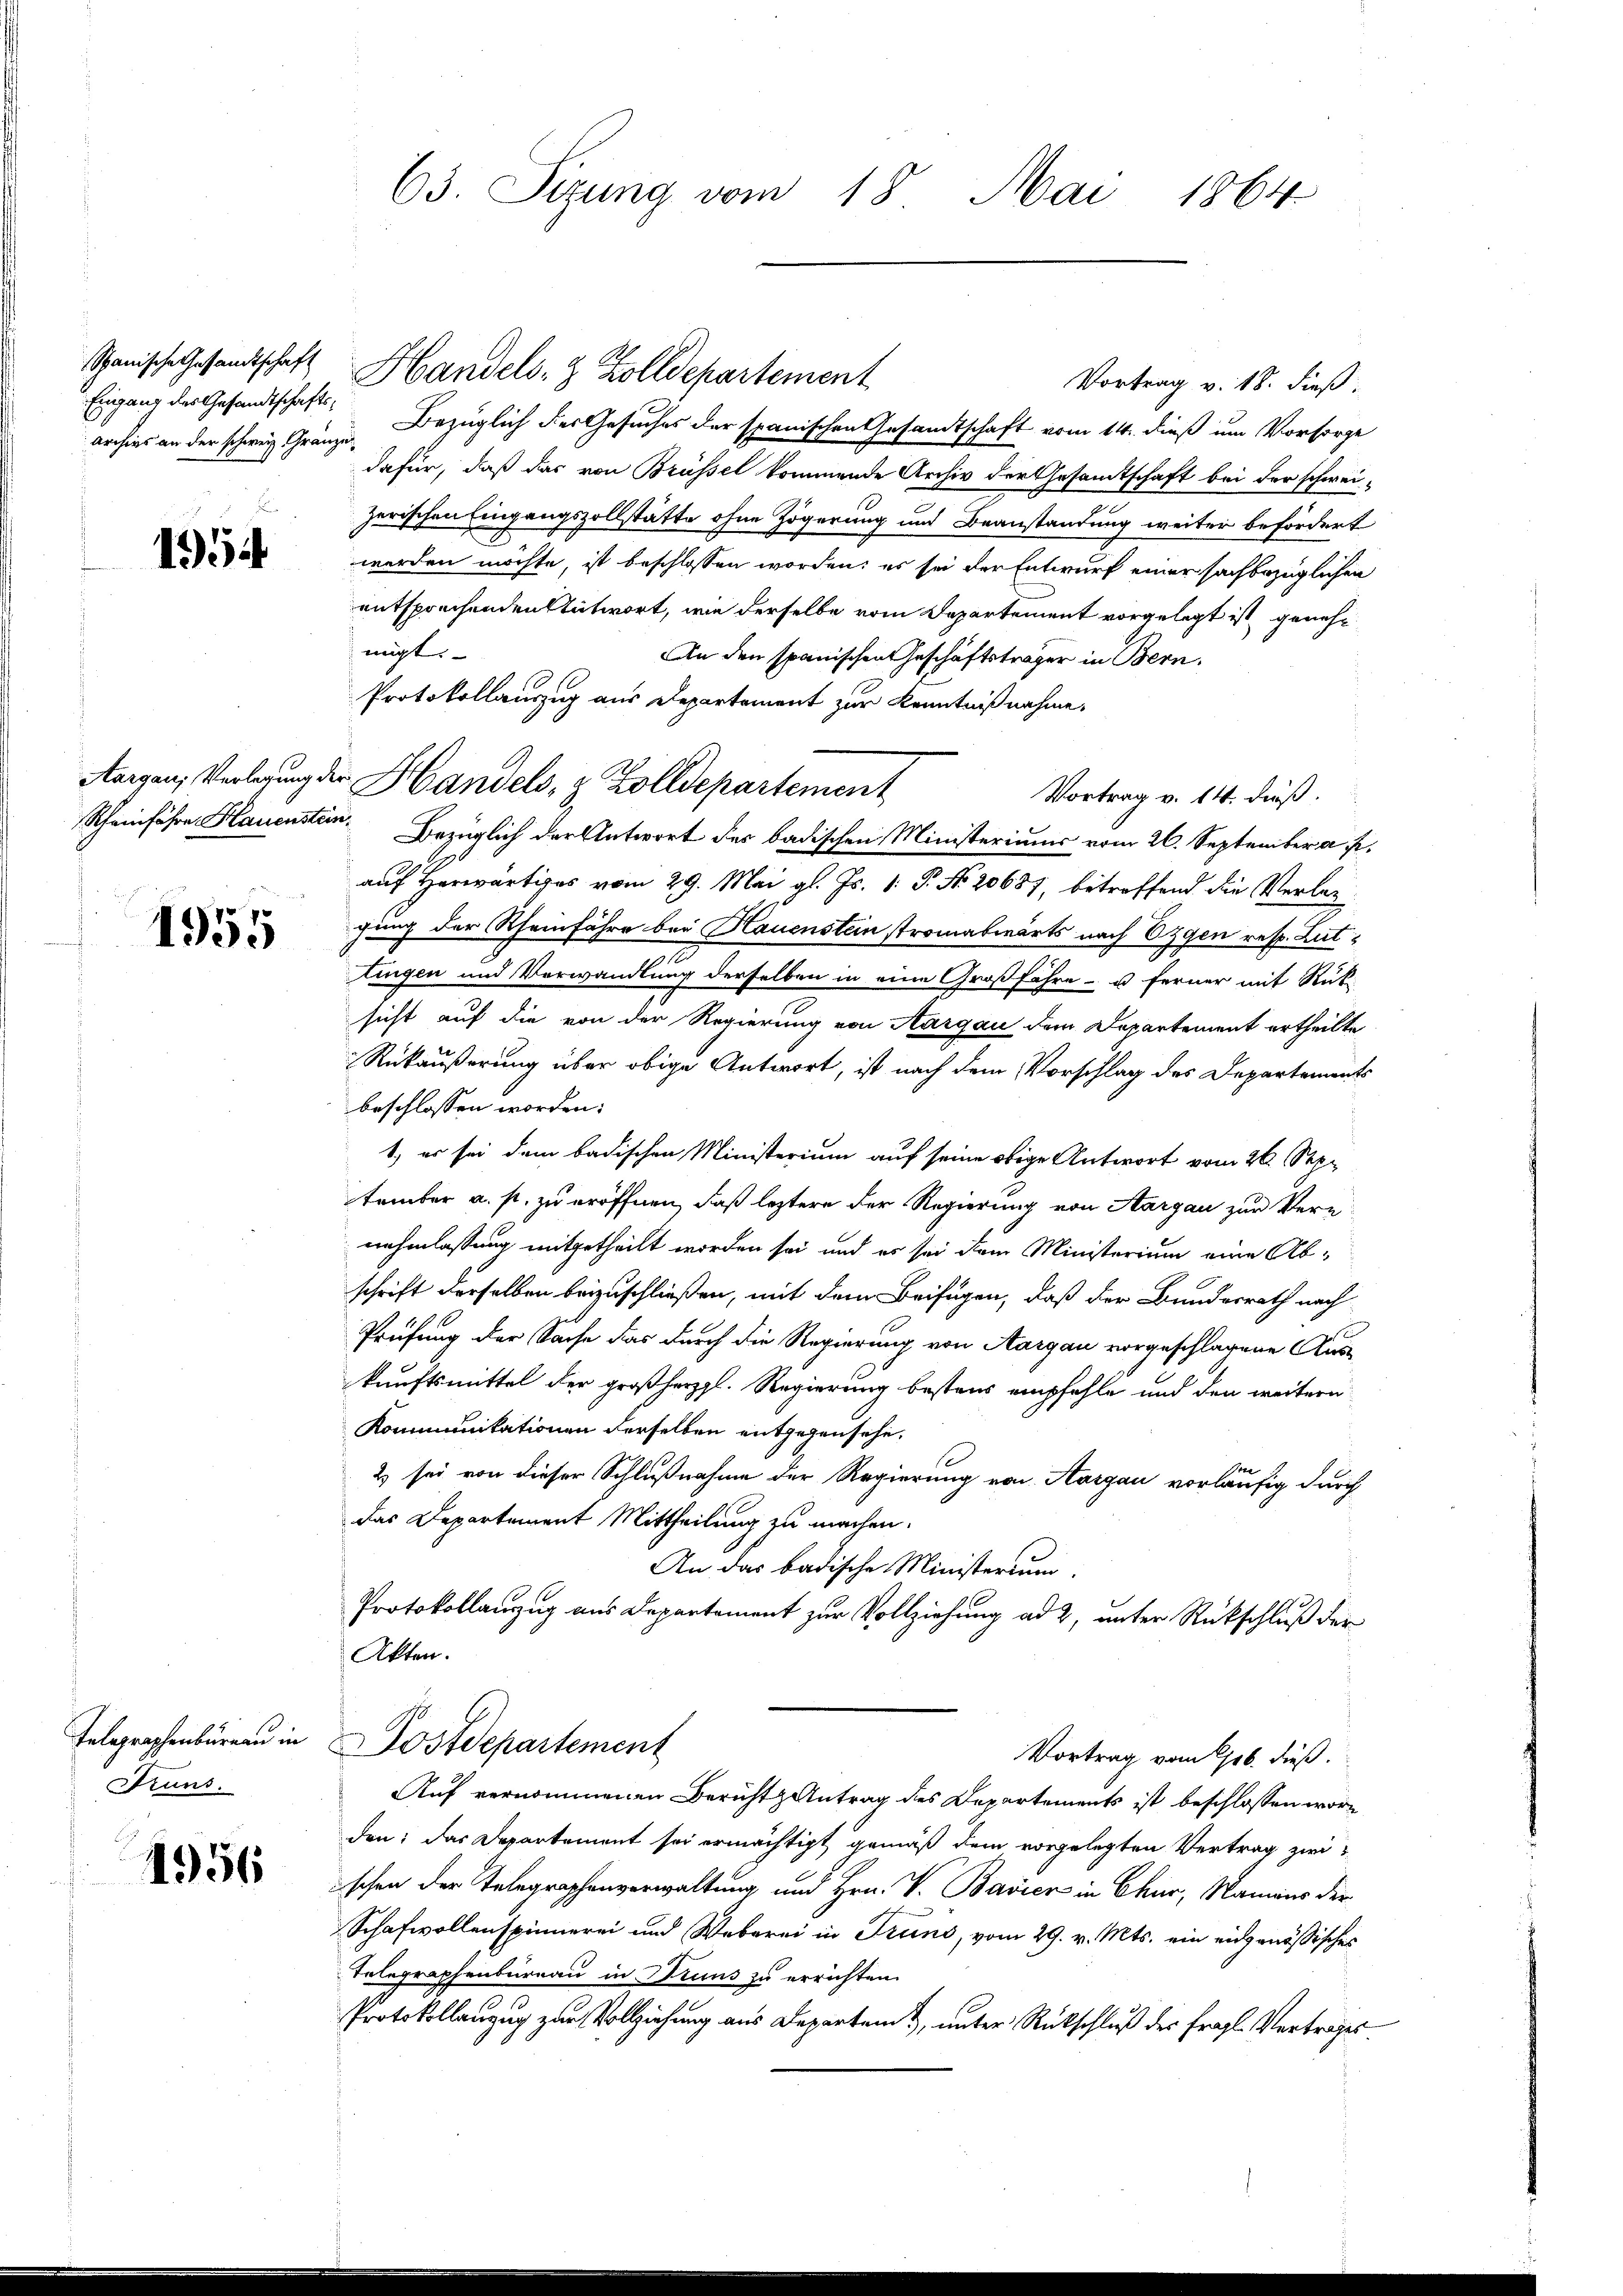
Eingang des Gesandtschaftsarchivs an der schweiz. Gränze

1954

1955

Telegraphenbüreau in
Pruns.

1956

63. Sizung vom 18. Mai 1864

Spanische Gesandtschaft Handels- & Zolldepartement
Vortrag v. 18. dieß
Bezüglich des Gesuches der spanischen Gesandtschaft vom 14. dieß um Vorsorge
dafür, daß das von Brüssel kommende Archiv der Gesamtschaft bei der schwei-
zerischen Eingangszollstätte ohne Zögerung und Beanstandung weiter befördert
werden möchte, ist beschlossen worden; es sei der Entwurf einer sachbezüglichen
entsprechenden Antwort, wie derselbe vom Departement vorgelegt ist genehmigt.
An den spanischen Geschäftsträger in Bern.
Protokollauszug aus Departement zur Kenntnißnahme,
Aargau, Verlegung der Handels, z. Zolldepartement
Vortrag v. 14. dieß.
Rheinfahre Hauensten Bezüglich der Antwort der badischen Ministeriums vom 26. September a. p.
auf Herwärtiges vom 29. Mai gl. Js. 1. P. No. 20687, betreffend die Verlagung der Rheinfahre bei Hauenstein stromabwärts nach Eggen resp. Lut
tingen und Verwandlung derselben in eine Großfähre - u. ferner mit Rück-
sicht auf die von der Regierung von Aargau dem Departement ertheilte
Rükäußerung über obige Antwort, ist nach dem Vorschlag des Departements
beschlossen worden.
1.) er sei dem badischen Ministerium auf seine obige Antwort vom 26. September a. s. zu eröffnen, daß leztere der Regierung von Aargau zur Vere-
nehmlassung mitgetheilt worden sei und es sei dem Ministerium eine Abschrift derselben beizuschließen, mit dem Beifügen, daß der Bundesrath nach
Prüfung der Sache das durch die Regierung von Aargau vorgeschlagene Auskunftsmittel der großherzl. Regierung bestens empfehle und den weitern
Kommunikationen derselben entgegensehe.
2) sei von dieser Schlußnahme der Regierung von Aargau vorläufig durch
das Departement Mittheilung zu machen.
An das badische Ministerium.
Protokollanzug aus Departement zur Vollziehung ad 2, unter Rückschluß der
Akten.
Postdepartement
Vortrag vom 16. dieß.
Auf vernommenen Berichtz Antrag des Departements ist beschlossen worden: das Departement sei ermächtigt gemäß dem vorgelegten Vertrag zwi
ischen der Telegraphenverwaltung und Hrn. V. Bavier in Chur, Namens der
Schafwollenspinnerei und Weberei in Trans, vom 29. v. Mts. ein eidgenössisches
Telegraphenbureau in Druns zu errichten.
Protokollanzug zur Vollziehung aus Departem, unter Rückschluß des fragl. Vertrages.